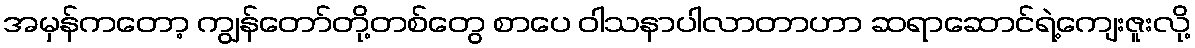
အမှန်ကတော့ ကျွန်တော်တို့တစ်တွေ စာပေ ဝါသနာပါလာတာဟာ ဆရာဆောင်ရဲ့ကျေးဇူးလို့